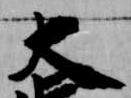
大